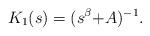
LaTeX: \begin{align*}K_1(s) = (s^\beta{+}A)^{-1}.\end{align*}